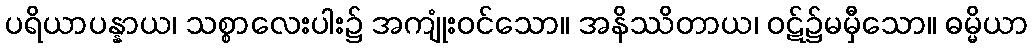
ပရိယာပန္နာယ၊ သစ္စာလေးပါး၌ အကျုံးဝင်သော။ အနိဿိတာယ၊ ဝဋ်၌မမှီသော။ ဓမ္မိယာ